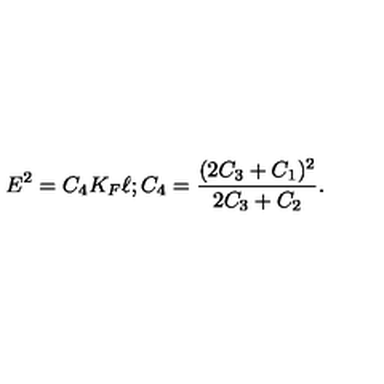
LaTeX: E ^ { 2 } = C _ { 4 } K _ { F } \ell ; C _ { 4 } = \frac { ( 2 C _ { 3 } + C _ { 1 } ) ^ { 2 } } { 2 C _ { 3 } + C _ { 2 } } .